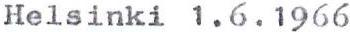
Helsinki 1.6.1966